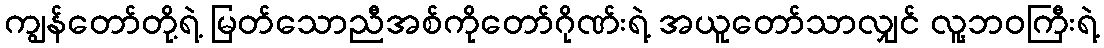
ကျွန်တော်တို့ရဲ့ မြတ်သောညီအစ်ကိုတော်ဂိုဏ်းရဲ့ အယူတော်သာလျှင် လူ့ဘဝကြီးရဲ့